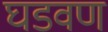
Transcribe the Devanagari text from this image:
घडवण